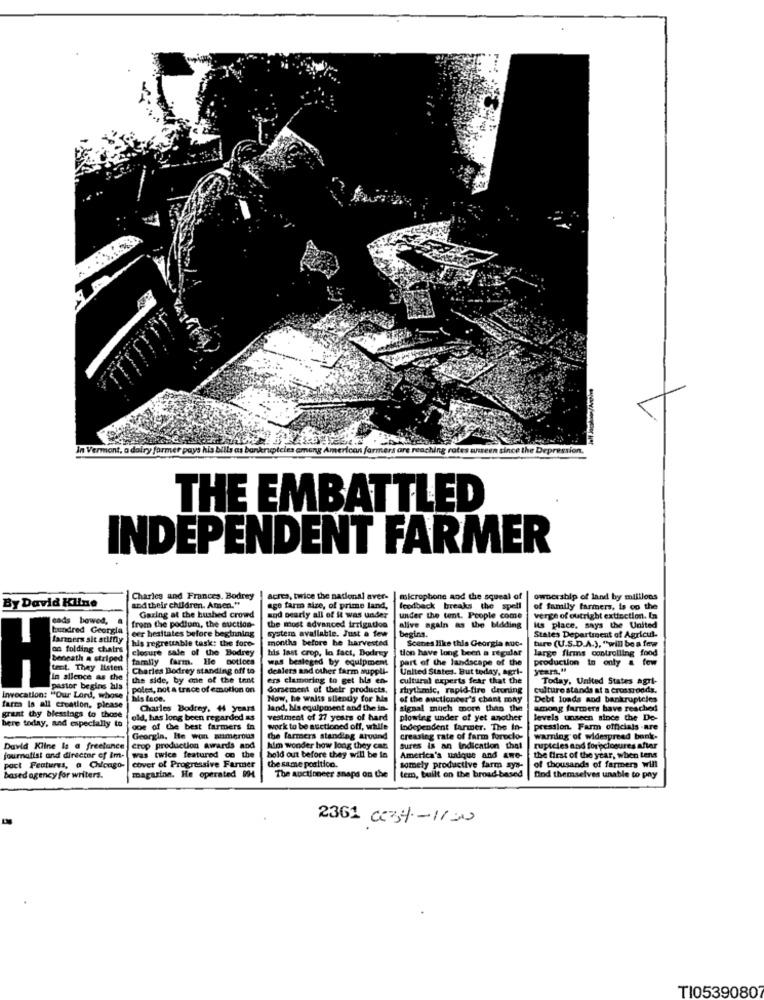
THE EMBATTLED
INDEPENDENT FARMER
Charles and Frances. Bodrey
acres, twice the national aver-
microphone and the squeal of
ownership of land by millions
By David Kline
and their children. Amen."
ago farm size, of prime land,
feedback breaks the spell
of family farmers, is co the
cads bowed,
Gazing at the hushed crowd
and nearly all of it was under
under the tent. People come
come
verge of outright extinction. In
hundred Georgia
eer hesitates before beginning
from the podium, the auction-
the most advanced irrigation
system available. Just a few
alive again as the bidding
begins.
Its place. says the United
farners sit stiffly
his regreuable task: the fore-
months before he harvested
Scenes like this Georgia Ruc-
States Department of Agricul.
ture (U.S.D.A.), "will be a few
on folding chairs
closure sale of the Bodrey
his last crop, in fact, Dodrey
tion have long been a regular
large firms controlling food
beneath a striped
family farm. He notices
was besieged by equipment
part of the landscape of the
production in only a few
Gent. They listen
Charles Bedrey standing off to
dealers and other farm suppli-
United States. But today, agri-
yoRm,"
in silence as che
the side, by one of the tent
ers clamoring to get hla en-
cultural experts fear that the
Today, United States agil-
pastor begins his
polent, not a trace of emotion on
dorsement of their products.
rhythmic, rapid-fire deuning
culture stands at a crossroads.
Invocation: "Our Lord, whose
Now, he walts silently for his
of the auctionder's chant mony
Debt loads and bankruptcles
farm la all creation, please
Charles Bodrey. 44 Years
land, ba equipment and the in-
signal much more than the
among farmers bave reached
grant thy blessings to those
here today, and especially to
old, has long been regarded as
vestment of 27 years of hard
plowing under of yet another
levels unseen since the De-
one of the best farmers in
work to be auctioned off, while
Independent farmer. The In-
pression. Farm officials -are
Georgia, He won numerous
the farmers standing arvund
creasleg rate of farm foroclo-
warning of widespread bank.
David Kline Is a freelance
crop production awards and
him wonder how long they can
sures is an indication that
ruptcles and foreclosures after
journalist and director ef im-
was twice featured on the
hold out before they will be in
the same position.
America's unique and awe-
the first of the year, when tens
pact Features, a Chicago-
cover of Progressive Farmer
somely productive farm sys-
tem, built on the broad-base
of thousands of farmers will
based agency for writers.
magarine. He operated 994
The auctioneer snaps on the
find themselves unable to phy
2361 cery-11:00
TI05390807